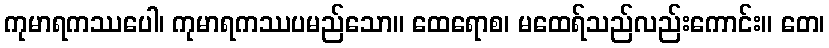
ကုမာရကဿပေါ၊ ကုမာရကဿပမည်သော။ ထေရောစ၊ မထေရ်သည်လည်းကောင်း။ တေ၊